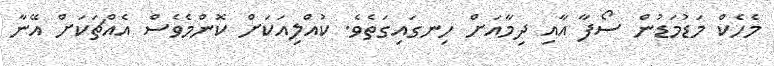
މެހެކް މަޑުމަޑުން ސޯފާ އާއި ދިމާއަށް ހިނގައިގަތެވެ. ކުއްލިއަކަށް ކޮންމެވެސް އެއްޗަކަށް އޭނާ